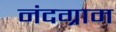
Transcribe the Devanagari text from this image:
नंदग्राम